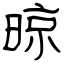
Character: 晾